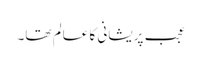
عجب پریشانی کا عالم تھا۔